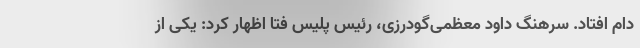
دام افتاد. سرهنگ داود معظمی‌گودرزی، رئیس پلیس فتا اظهار کرد: یکی از